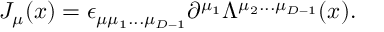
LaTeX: { \cal J } _ { \mu } ( x ) = \epsilon _ { \mu \mu _ { 1 } . . . \mu _ { D - 1 } } \partial ^ { \mu _ { 1 } } \Lambda ^ { \mu _ { 2 } . . . \mu _ { D - 1 } } ( x ) .